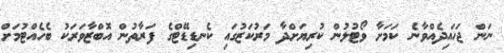
ނަން ޖަހައިދެއްވާނެ ކަމަށާ ވޯޓުލުން ކުރިޔަށްދާ މަރުކަޒުގައި ކެނޑިޑޭޓްގެ ފަރާތުން އޮބްޒާވަރަކު ބެހެއްޓުމަށް